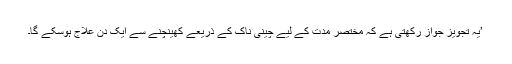
’یہ تجویز جواز رکھتی ہے کہ مختصر مدت کے لیے چینی ناک کے ذریعے کھینچنے سے ایک دن علاج ہوسکے گا۔